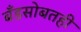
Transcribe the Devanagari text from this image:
बँडसोबतही